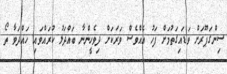
ސިންގަޕޫރަށް ވަޑައިގަތުމަށް ފަހު އެއްވެސް ވަރަކަށް ދިވެހީންނާ ބައްދަލު ކުރައްވައި ހައްދަވާ ތޯ